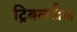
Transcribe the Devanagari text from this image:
ट्रिबलजैज